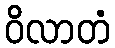
ဝိလာတံ